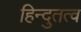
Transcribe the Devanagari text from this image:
हिन्दुतत्व